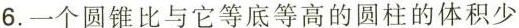
6. 一个圆锥比与它等底等高的圆柱的体积少